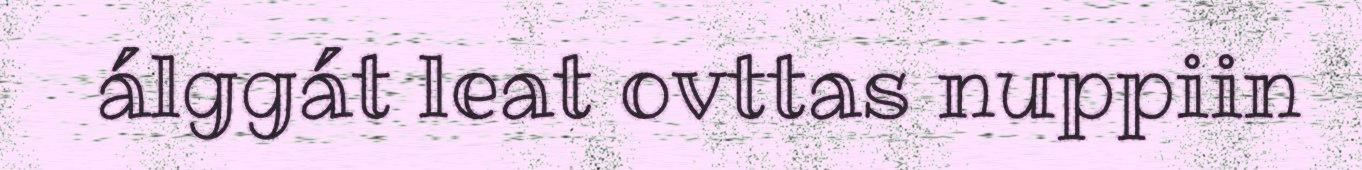
álggát leat ovttas nuppiin